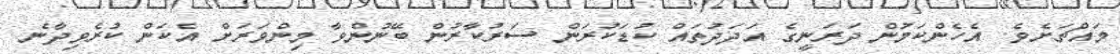
މައްޗަށެވެ. އެހެންކަމުން ދަރަނީގެ އަދަދުތައް ކުޑަކުރަން ސަރުކާރުން ބޭނުންވާ މިންވަރަށް އެކަން ކުރެވިދާނެ